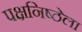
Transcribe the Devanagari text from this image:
पक्षनिष्ठेला